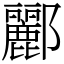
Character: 酈